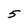
Character: 5